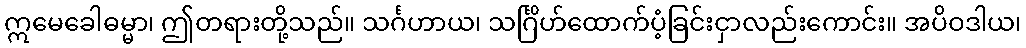
ဣမေခေါဓမ္မာ၊ ဤတရားတို့သည်။ သင်္ဂဟာယ၊ သင်္ဂြိဟ်ထောက်ပံ့ခြင်းငှာလည်းကောင်း။ အပိဝဒါယ၊